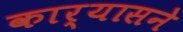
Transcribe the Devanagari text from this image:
कार्यासने